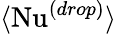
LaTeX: \langle\mathrm{Nu}^{(drop)}\rangle